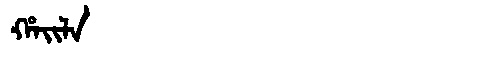
Manchu: ᡥᠠᡳᠯᠠ
Romanization: HAILA